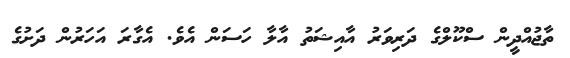
ތާޖުއްދީން ސްކޫލްގެ ދަރިވަރު އާއިޝަތު އާލާ ހަސަން އެވެ. އެގާރަ އަހަރުން ދަށުގެ